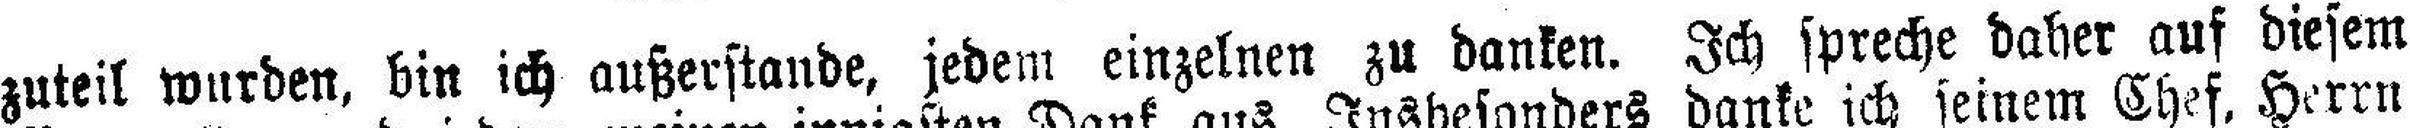
zuteil wurden, bin ich außerstande, jedem einzelnen zu danken. Ich spreche daher auf diesem